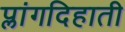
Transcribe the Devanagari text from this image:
प्लांगदिहाती